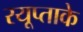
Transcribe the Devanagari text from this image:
रयूप्ताके